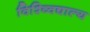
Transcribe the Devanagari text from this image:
विश्व्विद्याल्य